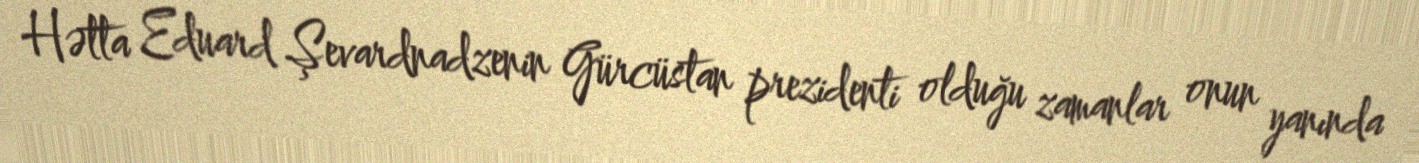
Hətta Eduard Şevardnadzenin Gürcüstan prezidenti olduğu zamanlar onun yanında